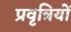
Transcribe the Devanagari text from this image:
प्रवृत्रियों